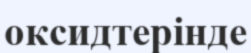
оксидтерінде